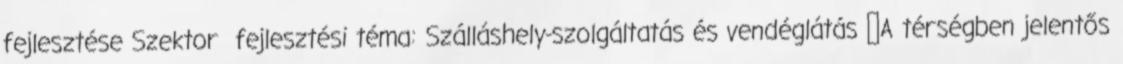
fejlesztése Szektor fejlesztési téma: Szálláshely-szolgáltatás és vendéglátás ▪A térségben jelentős